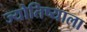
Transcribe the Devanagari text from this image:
ज्योतिष्याला